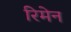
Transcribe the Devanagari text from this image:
रिमेन